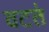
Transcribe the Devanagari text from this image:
वटतं